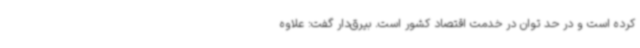
کرده است و در حد توان در خدمت اقتصاد کشور است. بیرق‌دار گفت: علاوه